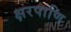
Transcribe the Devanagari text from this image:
क्षरपाणि